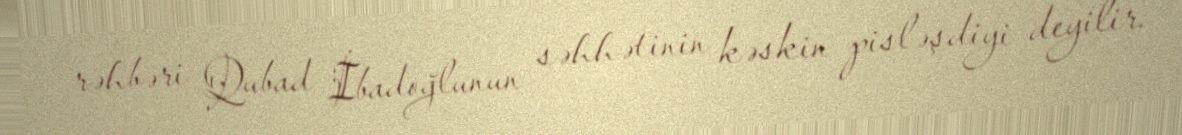
rəhbəri Qubad İbadoğlunun səhhətinin kəskin pisləşdiyi deyilir.